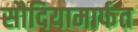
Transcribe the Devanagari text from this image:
सौदियामार्फत